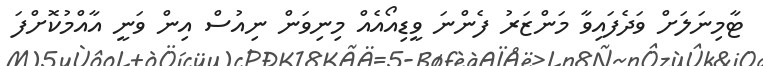
ޓާމިނަަލަށް ވަދެފައިވާ މަންޒަރު ފެންނަ ވީޑިއޯއެއް މިނިވަން ނިއުސް އިން ވަނީ އާއްމުކޮށްފަ